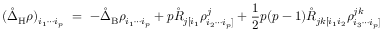
( \mathring { \Delta } _ { \mathrm { H } } \rho ) _ { i _ { 1 } \cdots i _ { p } } \ = \ - \mathring { \Delta } _ { \mathrm { B } } \rho _ { i _ { 1 } \cdots i _ { p } } + p \mathring { R } _ { j [ i _ { 1 } } \rho ^ { j } _ { i _ { 2 } \cdots i _ { p } ] } + \frac 1 2 p ( p - 1 ) \mathring { R } _ { j k [ i _ { 1 } i _ { 2 } } \rho ^ { j k } _ { i _ { 3 } \cdots i _ { p } ] }